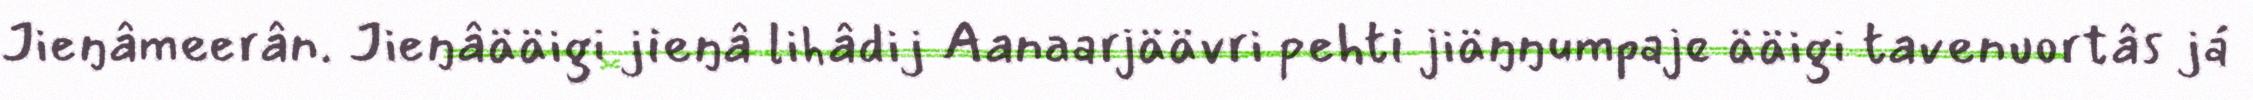
Jieŋâmeerân. Jieŋâääigi jieŋâ lihâdij Aanaarjäävri pehti jiäŋŋumpaje ääigi tavenuortâs já